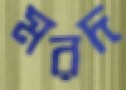
মরদ